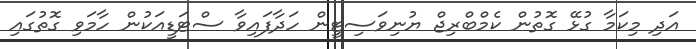
އަދި މިކަމާ ގުޅޭ ގޮތުން ކެމްބްރިޖް ޔުނިވަސިޓީން ހަދާފައިވާ ސްޓަޑީއަކުން ހާމަވި ގޮތުގައި